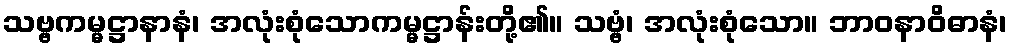
သဗ္ဗကမ္မဋ္ဌာနာနံ၊ အလုံးစုံသောကမ္မဋ္ဌာန်းတို့၏။ သဗ္ဗံ၊ အလုံးစုံသော။ ဘာဝနာဝိဓာနံ၊